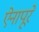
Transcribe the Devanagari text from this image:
ऐनापूरे